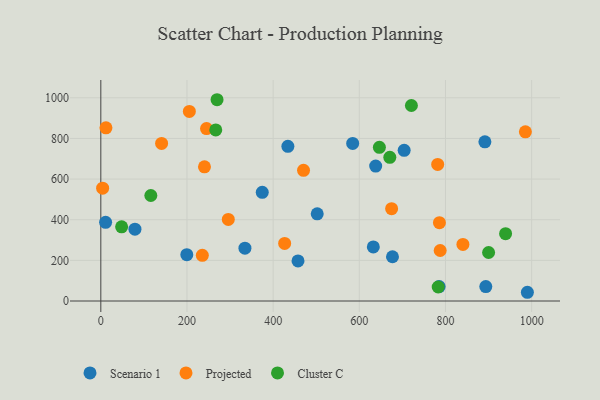
{"axis": {"x": "Study Hours", "y": "Fuel Efficiency"}, "legend": ["Cluster C", "Projected", "Scenario 1"], "data": [{"x": "11.1", "y": 387.3, "type": "Scenario 1"}, {"x": "457.7", "y": 197.2, "type": "Scenario 1"}, {"x": "434.2", "y": 761.1, "type": "Scenario 1"}, {"x": "990.1", "y": 43.0, "type": "Scenario 1"}, {"x": "632.5", "y": 266.1, "type": "Scenario 1"}, {"x": "704.1", "y": 741.4, "type": "Scenario 1"}, {"x": "638.0", "y": 664.1, "type": "Scenario 1"}, {"x": "374.7", "y": 534.9, "type": "Scenario 1"}, {"x": "584.6", "y": 775.3, "type": "Scenario 1"}, {"x": "891.5", "y": 783.1, "type": "Scenario 1"}, {"x": "199.6", "y": 228.0, "type": "Scenario 1"}, {"x": "502.3", "y": 429.1, "type": "Scenario 1"}, {"x": "677.0", "y": 217.7, "type": "Scenario 1"}, {"x": "334.5", "y": 260.1, "type": "Scenario 1"}, {"x": "79.2", "y": 353.5, "type": "Scenario 1"}, {"x": "785.3", "y": 71.2, "type": "Scenario 1"}, {"x": "893.6", "y": 71.0, "type": "Scenario 1"}, {"x": "4.2", "y": 555.2, "type": "Projected"}, {"x": "245.4", "y": 848.4, "type": "Projected"}, {"x": "235.6", "y": 224.6, "type": "Projected"}, {"x": "787.7", "y": 248.6, "type": "Projected"}, {"x": "205.5", "y": 933.1, "type": "Projected"}, {"x": "426.7", "y": 283.2, "type": "Projected"}, {"x": "240.6", "y": 660.5, "type": "Projected"}, {"x": "786.0", "y": 385.7, "type": "Projected"}, {"x": "141.1", "y": 775.3, "type": "Projected"}, {"x": "840.5", "y": 278.3, "type": "Projected"}, {"x": "985.5", "y": 832.3, "type": "Projected"}, {"x": "675.0", "y": 454.2, "type": "Projected"}, {"x": "781.9", "y": 672.1, "type": "Projected"}, {"x": "470.5", "y": 643.1, "type": "Projected"}, {"x": "11.9", "y": 852.2, "type": "Projected"}, {"x": "295.9", "y": 401.4, "type": "Projected"}, {"x": "269.8", "y": 990.5, "type": "Cluster C"}, {"x": "646.6", "y": 756.4, "type": "Cluster C"}, {"x": "720.9", "y": 962.2, "type": "Cluster C"}, {"x": "900.1", "y": 238.7, "type": "Cluster C"}, {"x": "116.1", "y": 519.3, "type": "Cluster C"}, {"x": "266.8", "y": 841.8, "type": "Cluster C"}, {"x": "783.1", "y": 69.0, "type": "Cluster C"}, {"x": "939.5", "y": 331.6, "type": "Cluster C"}, {"x": "48.3", "y": 364.9, "type": "Cluster C"}, {"x": "670.8", "y": 706.9, "type": "Cluster C"}]}